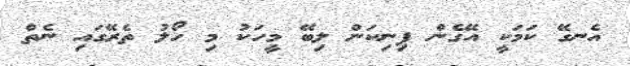
އެނގޭ ކަމަކީ އޭގެން ފިނިކަން ލިބޭ މީހަކު މި ހޯލު ތެރޭގައި ނެތް